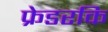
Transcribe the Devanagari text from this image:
फ्रेडरकि